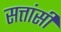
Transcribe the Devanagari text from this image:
सत्तांसी